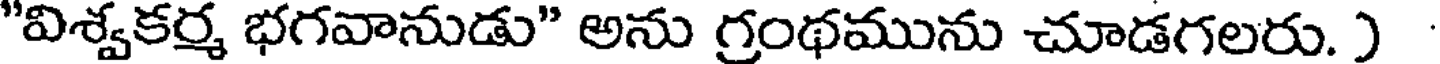
"విశ్వకర్మ భగవానుడు" అను గ్రంథమును చూడగలరు. )